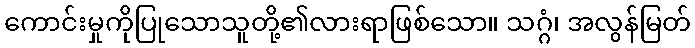
ကောင်းမှုကိုပြုသောသူတို့၏လားရာဖြစ်သော။ သဂ္ဂံ၊ အလွန်မြတ်